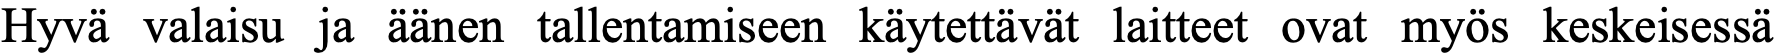
Hyvä valaisu ja äänen tallentamiseen käytettävät laitteet ovat myös keskeisessä